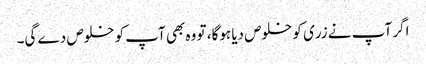
اگر آپ نے زری کو خلوص دیا ہوگا، تو وہ بھی آپ کو خلوص دے گی۔